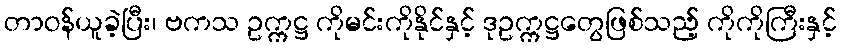
တာဝန်ယူခဲ့ပြီး၊ ဗကသ ဥက္ကဋ္ဌ ကိုမင်းကိုနိုင်နှင့် ဒုဥက္ကဋ္ဌတွေဖြစ်သည့် ကိုကိုကြီးနှင့်